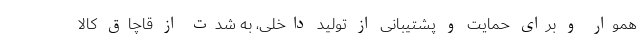
هموار و برای حمایت و پشتیبانی از تولید داخلی، به شدت از قاچاق کالا